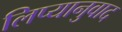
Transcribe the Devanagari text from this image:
लिप्यानुवाद